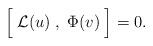
LaTeX: \begin{align*}\Bigl[\;{\cal L}(u)\; ,\;\Phi(v)\;\Bigr]=0. \end{align*}